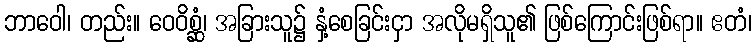
ဘာဝေါ၊ တည်း။ ဝေဝိစ္ဆံ၊ အခြားသူ၌ နှံ့စေခြင်းငှာ အလိုမရှိသူ၏ ဖြစ်ကြောင်းဖြစ်ရာ။ ဧတံ၊